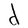
Character: d